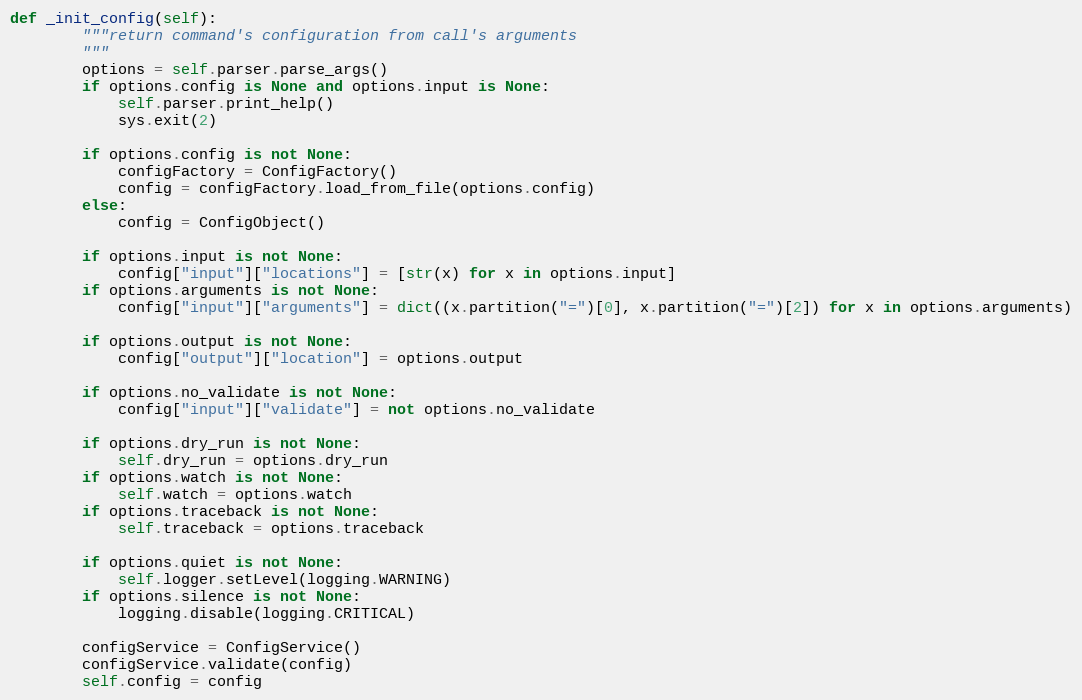
Language: Python
def _init_config(self):
        """return command's configuration from call's arguments
        """
        options = self.parser.parse_args()
        if options.config is None and options.input is None:
            self.parser.print_help()
            sys.exit(2)

        if options.config is not None:
            configFactory = ConfigFactory()
            config = configFactory.load_from_file(options.config)
        else:
            config = ConfigObject()

        if options.input is not None:
            config["input"]["locations"] = [str(x) for x in options.input]
        if options.arguments is not None:
            config["input"]["arguments"] = dict((x.partition("=")[0], x.partition("=")[2]) for x in options.arguments)

        if options.output is not None:
            config["output"]["location"] = options.output

        if options.no_validate is not None:
            config["input"]["validate"] = not options.no_validate

        if options.dry_run is not None:
            self.dry_run = options.dry_run
        if options.watch is not None:
            self.watch = options.watch
        if options.traceback is not None:
            self.traceback = options.traceback

        if options.quiet is not None:
            self.logger.setLevel(logging.WARNING)
        if options.silence is not None:
            logging.disable(logging.CRITICAL)

        configService = ConfigService()
        configService.validate(config)
        self.config = config